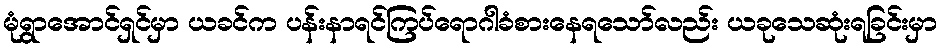
မုံရွာအောင်ရှင်မှာ ယခင်က ပန်းနာရင်ကြပ်ရောဂါခံစားနေရသော်လည်း ယခုသေဆုံးရခြင်းမှာ